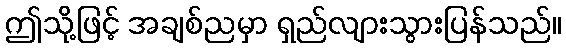
ဤသို့ဖြင့် အချစ်ညမှာ ရှည်လျားသွားပြန်သည်။